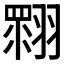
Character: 𦑲